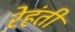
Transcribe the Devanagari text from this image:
रेहंती